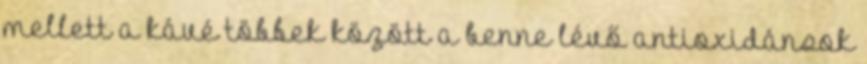
mellett a kávé többek között a benne lévő antioxidánsok